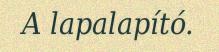
A lapalapító.